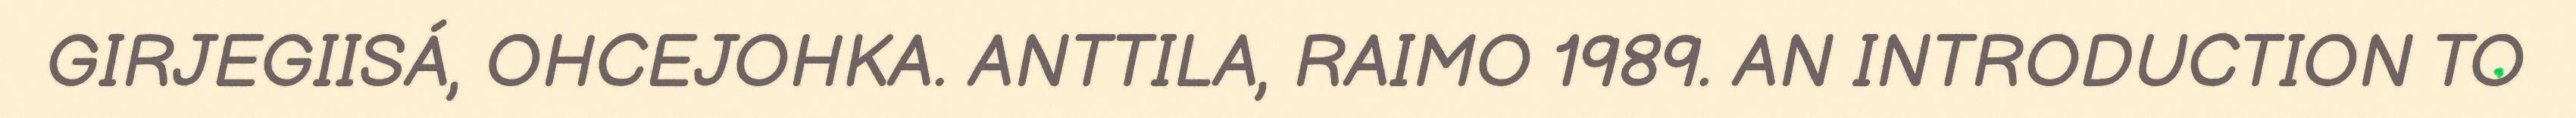
GIRJEGIISÁ, OHCEJOHKA. ANTTILA, RAIMO 1989. AN INTRODUCTION TO